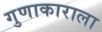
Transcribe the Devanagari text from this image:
गुणाकाराला